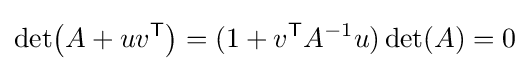
\det \!\left(A+uv^{\textsf {T}}\right)=(1+v^{\textsf {T}}A^{-1}u)\det(A)=0